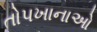
તોપખાનાઓ